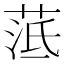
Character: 䓜